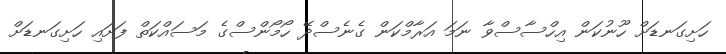
ހަށިގަނޑަށް ހޫނުކަން އިހްސާސްވާ ނަމަ އަރާމްކަން ގެނެސްދޭ ހޯމޯންސްގެ މަސައްކަތް ފަށައި ހަށިގަނޑަށް